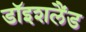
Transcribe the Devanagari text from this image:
डॉइशलैंड